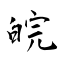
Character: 皖